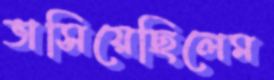
ভাসিয়েছিলেম